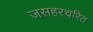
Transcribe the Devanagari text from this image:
जसहरचरित